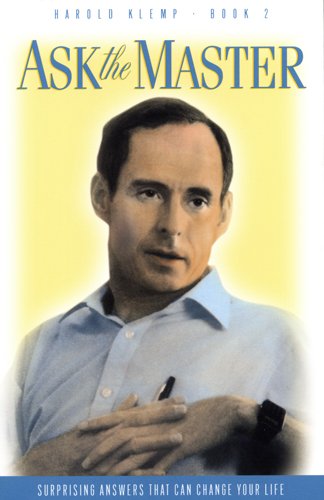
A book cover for Ask the Master Book 2: The Living Eck Master Answers Your Questions/Surprising Answers That Can Change Your Life; Klemp Harold; Religion & Spirituality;